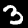
Digit: 3